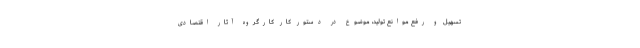
تسهیل و رفع موانع تولید، موضوع در دستور کار کارگروه آثار اقتصادی